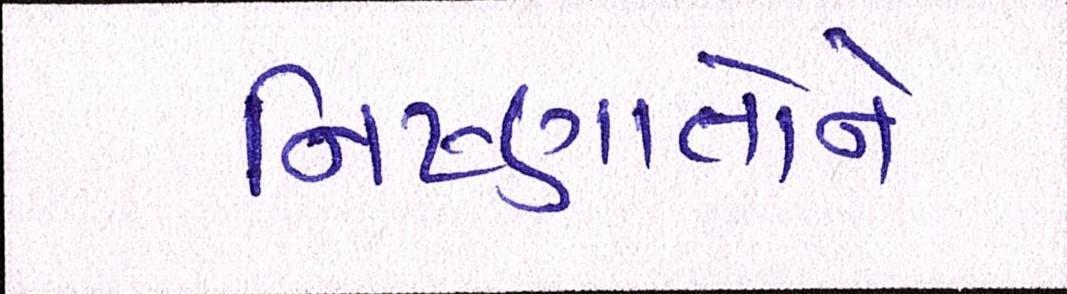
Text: નિષ્ણાતોને